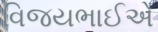
વિજયભાઈએ